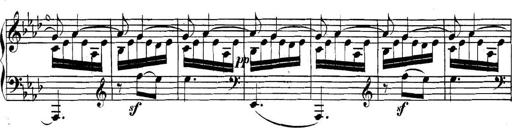
Title: Collected Piano Sonatas
Composer: Muzio Clementi